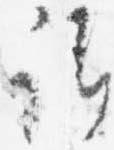
卿